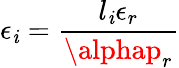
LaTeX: \epsilon_{\mathit{i}}=\frac{{l_{\mathit{i}}\epsilon_{r}}}{{\alphap_{r}}}